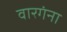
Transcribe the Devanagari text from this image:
वारगंना